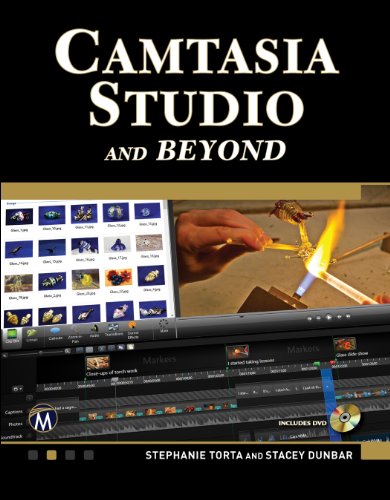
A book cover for Camtasia Studio and Beyond: The Complete Guide; Stephanie Torta; Computers & Technology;